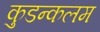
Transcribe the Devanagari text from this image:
कुडन्कलम